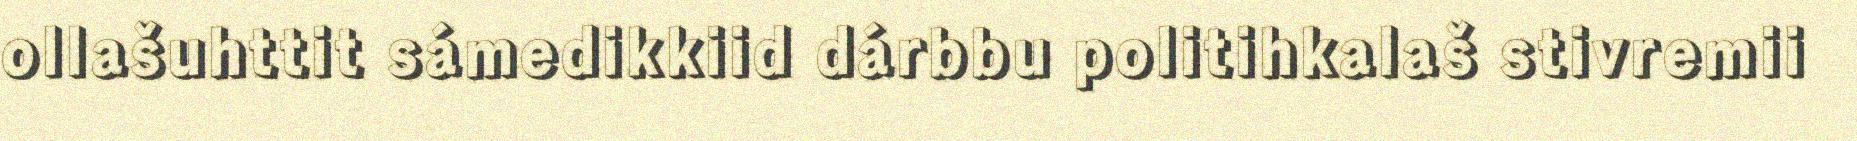
ollašuhttit sámedikkiid dárbbu politihkalaš stivremii